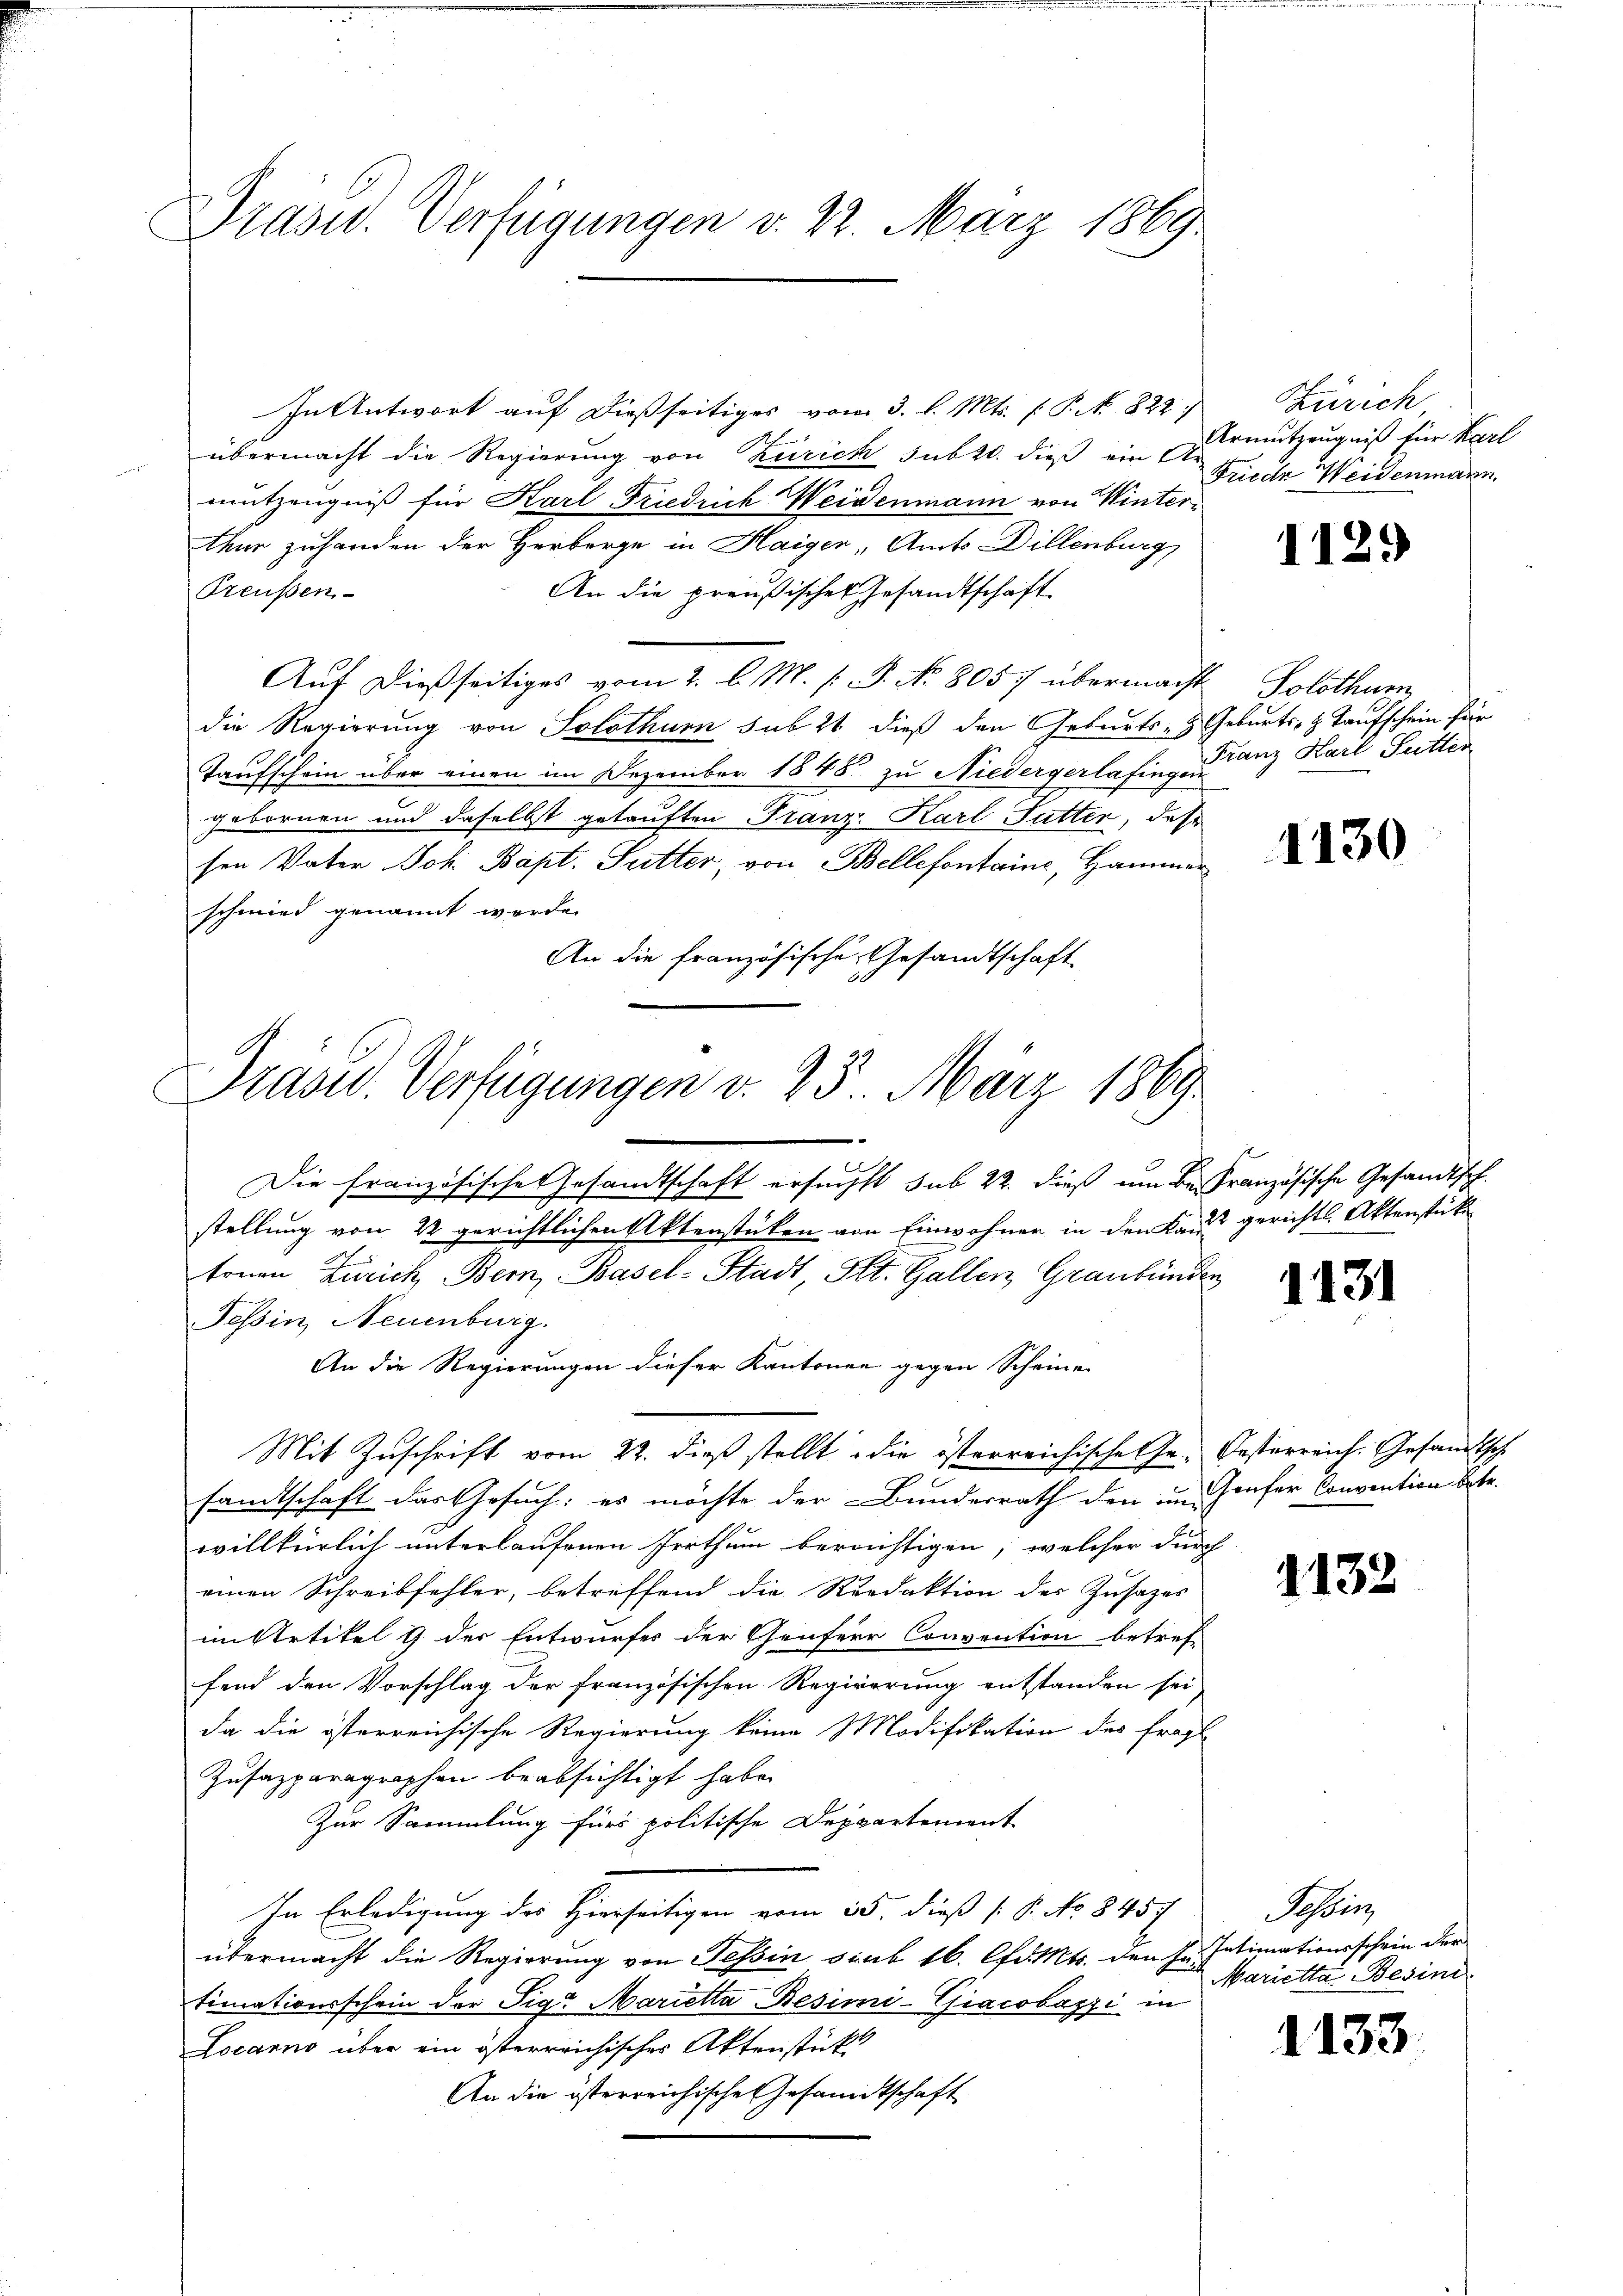
Präsid. Verfügungen d. 22. März 1869

In Antwort auf dießseitiges vom 3. l. Mts. f. P. N. 822.
übermacht die Regierung von Zürich sub 20. dieß ein ermutzeugniß für Karl
mutzeugniß für Karl Friedrich Weidenmann von Winterthur zuhanden der Herberge in Haiger, Amts Dillenburg
Preußen
An die preußischer Gesandtschaft
Auf dießseitiges vom 2. l. M. s P. No. 8057 übermacht
die Regierung von Solothurn sub 21 dieß den Geburts- & Geburts- & Taufschein für
Taufschein über einen im Dezember 1845 zu Niedergerlafingen
gebornen und daselbst getauften Franz Karl Futter, das
sen Vater Joh. Bapt. Sutter, von Bellefontaine, Hammer
schmied genannt werde.
An die französische Gesandtschaft

Präsid. Verfügungen d. 25. März 1869.

Die französische Gesandtschaft ersuchst sub 22. dieß um Bei Französische Gesandtsch.
stellung von 22 gerichtlichen Aktenstüken von Einwohner in den Kauf gerichts Aktenstücke
A
tonen Zürich Bern, Basel-Stadt, St. Gallen, Graubünden
Tessin, Neuenburg.
An die Regierungen dieser Kantonen gegen Scheine
Mit Zuschrift vom 22. dieß stellt die österreichische Ge- Gesterreich. Gesandtsch
sandtschaft das Gesuch: es möchte der Bunderrath den im Hauser Convention betr.
willkürlich unterlaufenen Irrthum berüchtigen, welcher durch
einen Schreibfehler, betreffend die Redaktion der Zusatzes
im Artikel 9 der Entwurfes der Genferr Convention betref-
fend den Vorschlag der französischen Regierung entstanden sei
da die österreichische Regierung keine Modifikation des fragl
Zusapparagraphen beabsichtigt habe.
Zur Sammlung fürs politische Deppartement
In Erledigung des Hierseitigen vom 25. dieß s. S. No. 8457
übermacht die Regierung von Tessin sub 16. lfd. Mts. den I. Intimationsschein der
timationsschein der Fig Marietta Besimi-Giacobazzi in
Locarno über ein österreichischer Aktenstück
An die österreichische Gesandtschaft

Zürich
Friede Weidenmann.

1129

Solothur
Franz Karl Sutter

1130

1131

1132

Schbin
Marietta Besini

1133.